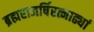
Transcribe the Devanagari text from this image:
ब्रह्मराजर्षिरत्नाढ्यां